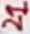
Text: 21